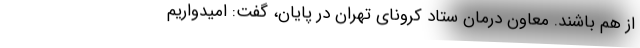
از هم باشند. معاون درمان ستاد کرونای تهران در پایان، گفت: امیدواریم